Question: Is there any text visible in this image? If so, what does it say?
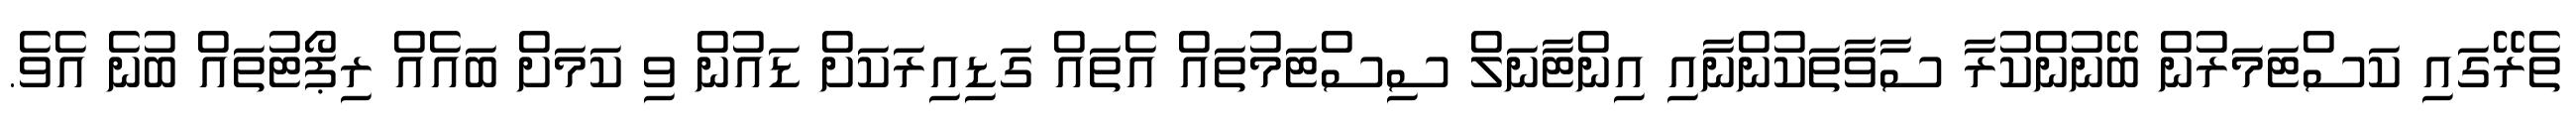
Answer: ތެރޭގައި ކަސްޓަމަރުން ބޭނުންކުރާ ސާވާތަކުންނާއި އިންޓާނަލް ސިސްޓަމުތައް އެތައް ގަޑިއިރަކަށް ޑައުން ވި ކަމަށް ބައެއް ރިޕޯޓުތައް ބުނެ އެވެ.